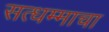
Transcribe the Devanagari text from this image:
सत्धम्माचा